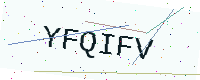
Text: YFQIFV